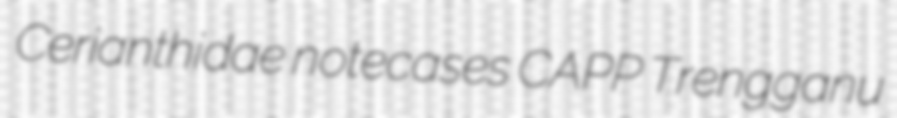
Cerianthidae notecases CAPP Trengganu